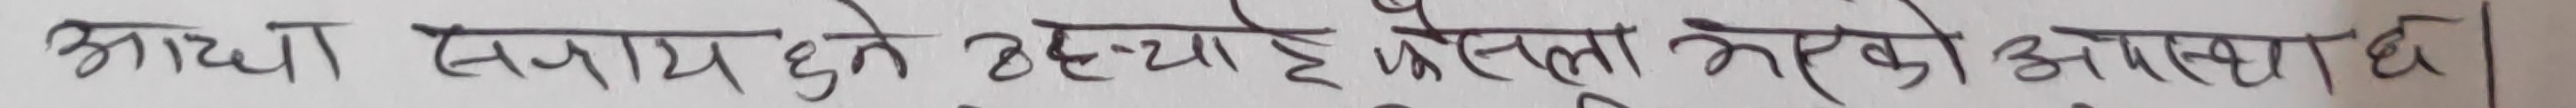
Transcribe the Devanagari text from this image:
आधा सहाय हुने भएकाले फैसला नगर्ने अवस्था छ।